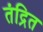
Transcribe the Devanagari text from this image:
तंद्रित